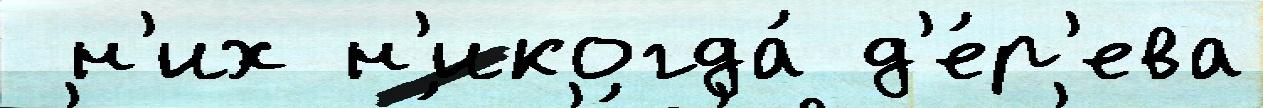
 н'их н'икогда́ д'е́р'ева